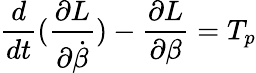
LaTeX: \frac{d}{dt}(\frac{\partial L}{\partial\dot{\beta}})-\frac{\partial L}{\partial\beta}=T_{p}